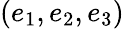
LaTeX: (e_{1},e_{2},e_{3})